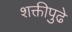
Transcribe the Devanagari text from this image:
शक्तीपुढे